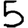
Digit: 5